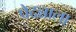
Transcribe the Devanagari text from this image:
पेदन्नाला